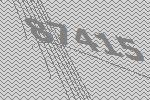
87415